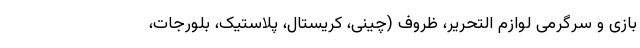
بازی و سرگرمی لوازم التحریر، ظروف (چینی، کریستال، پلاستیک، بلورجات،